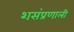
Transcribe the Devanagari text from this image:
शसंप्रणाली